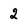
Character: 2